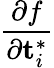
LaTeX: \frac{\partial f}{\partial\mathbf{t}_{i}^{*}}